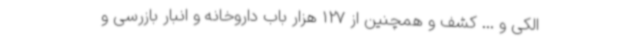
الکی و ... کشف و همچنین از 127 هزار باب داروخانه و انبار بازرسی و